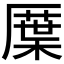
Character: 𠪸